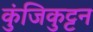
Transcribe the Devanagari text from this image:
कुंजिकुट्टन